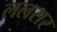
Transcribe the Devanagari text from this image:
ललसर